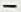
-